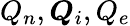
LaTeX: Q_{n},\boldsymbol{Q}_{i},Q_{e}